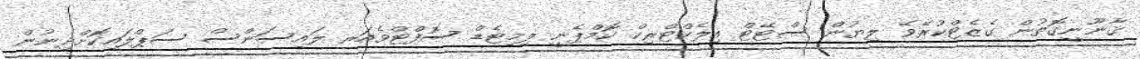
ޤާނޫނީގޮތުން ގެޒެޓްކުރެވޭ ލިޔުން ސްޓޭޓް އިލެކްޓްރިކް ކޮމްޕެނީ ލިމިޓެޑް ސޮފްޓްވެއަރ ލައިސަންސް ސަޕްލައިކޮށްދިނުން